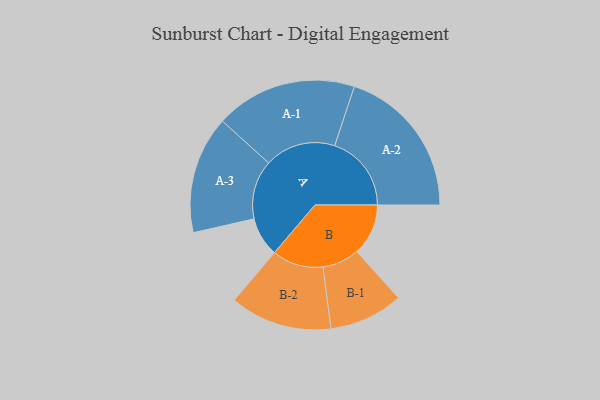
{"axis": {"x": "Segment", "y": "Value"}, "legend": ["", "A", "B"], "data": [{"x": "A", "y": 148, "type": ""}, {"x": "B", "y": 193, "type": ""}, {"x": "A-1", "y": 266, "type": "A"}, {"x": "A-2", "y": 288, "type": "A"}, {"x": "A-3", "y": 221, "type": "A"}, {"x": "B-1", "y": 139, "type": "B"}, {"x": "B-2", "y": 192, "type": "B"}]}